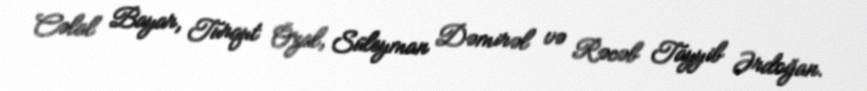
Cəlal Bayar, Turqut Özal, Süleyman Dəmirəl və Rəcəb Tayyib Ərdoğan.